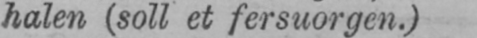
halen (soll et fersuorgen.)